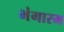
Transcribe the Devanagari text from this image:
भंगारम